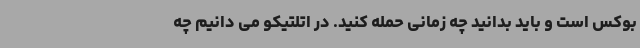
بوکس است و باید بدانید چه زمانی حمله کنید. در اتلتیکو می دانیم چه